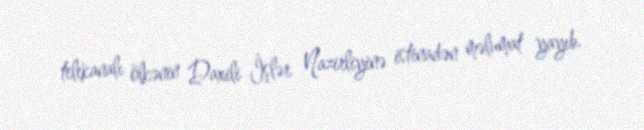
telekanalı ölkənin Daxili İşlər Nazirliyinə istinadən məlumat yayıb.